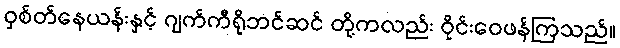
ဝှစ်တ်နေယန်းနှင့် ဂျက်ကီရိုဘင်ဆင် တို့ကလည်း ဝိုင်းဝေဖန်ကြသည်။